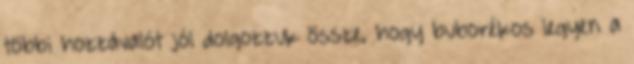
többi hozzávalót jól dolgozzuk össze, hogy buborékos legyen a